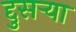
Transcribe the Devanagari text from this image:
द्दुसर्‍या